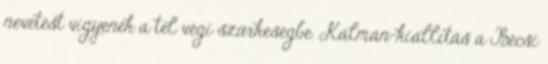
nevetést vigyenek a tél végi szürkeségbe. Kálmán-kiállítás a Bécsi